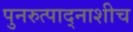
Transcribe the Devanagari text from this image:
पुनरुत्पाद्नाशीच